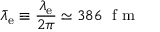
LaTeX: { \bar { \lambda } } _ { \mathrm { e } } \equiv { \frac { \lambda _ { \mathrm { e } } } { 2 \pi } } \simeq 3 8 6 ~ { \textrm { f m } }